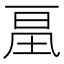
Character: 𰀔